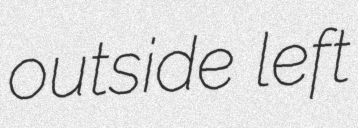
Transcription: outside left